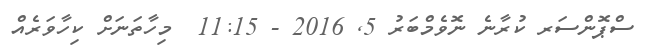
ސްޕޮންސަރ ކުރާނެ ނޮވެމްބަރު 5